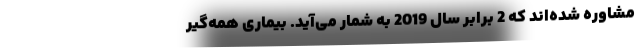
مشاوره شده‌اند که 2 برابر سال 2019 به شمار می‌آید. بیماری همه‌گیر